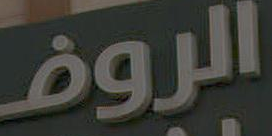
الروف